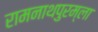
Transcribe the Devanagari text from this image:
रामनाथपुरम्‌ला